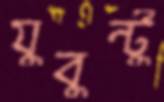
যুবুন্টু